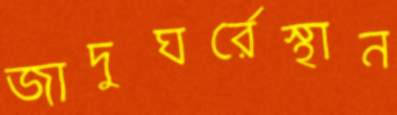
জাদুঘর্রেস্থান